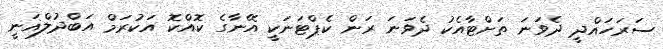
ސަރަހައްދީ ދެވަނަ ތަށްޓާއެކު ދެވަނަ ރަން ކެޕްޓަނަކީ އޭނާގެ ކޮއްކޮ އަކުރަމް އަބްދުލްޣަނީ